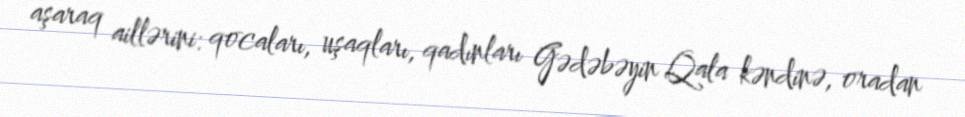
aşaraq aillərini: qocaları, uşaqları, qadınları Gədəbəyin Qala kəndinə, oradan